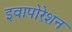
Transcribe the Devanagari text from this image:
इवापोरेशन